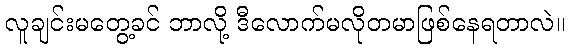
လူချင်းမတွေ့ခင် ဘာလို့ ဒီလောက်မလိုတမာဖြစ်နေရတာလဲ။